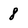
Character: 8